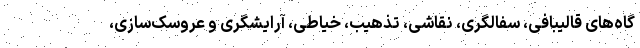
گاه‌های قالیبافی، سفالگری، نقاشی، تذهیب، خیاطی، آرایشگری و عروسک‌سازی،